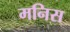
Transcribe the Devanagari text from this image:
मनिस